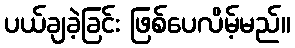
ပယ်ချခဲ့ခြင်း ဖြစ်ပေလိမ့်မည်။